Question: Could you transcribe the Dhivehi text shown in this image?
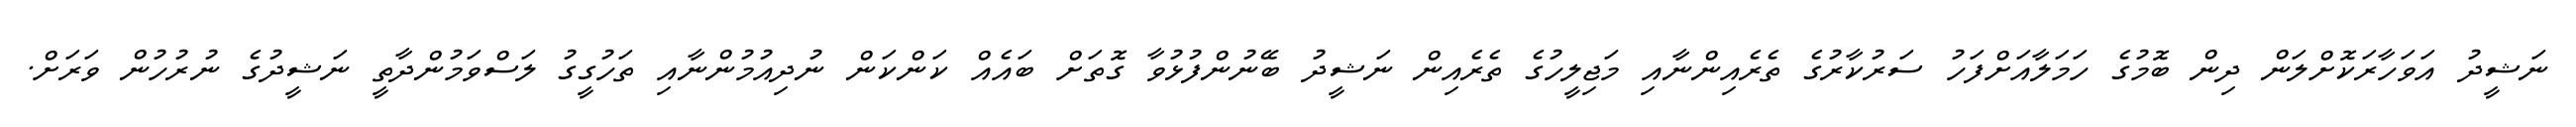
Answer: ނަޝީދު އަވަހާރަކޮށްލަން ދިން ބޮމުގެ ހަމަލާއަށްފަހު ސަރުކާރުގެ ތެރެއިންނާއި މަޖިލީހުގެ ތެރެއިން ނަޝީދު ބޭނުންފުޅުވާ ގޮތަށް ބައެއް ކަންކަން ނުދިއުމުންނާއި ތަހުގީގު ލަސްވަމުންދާތީ ނަޝީދުގެ ނުރުހުން ވަރަށް.